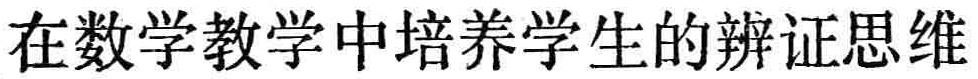
在数学教学中培养学生的辨证思维